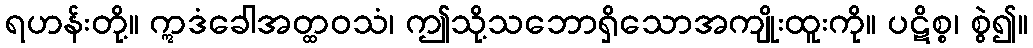
ရဟန်းတို့။ ဣဒံခေါအတ္ထဝသံ၊ ဤသို့သဘောရှိသောအကျိုးထူးကို။ ပဋိစ္စ၊ စွဲ၍။